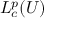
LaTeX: L _ { c } ^ { p } ( U )